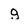
Character: g